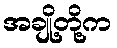
အချို့တို့က